Indian journal of veterinary science and animal husbandry - Volume 10,
Year: 1940
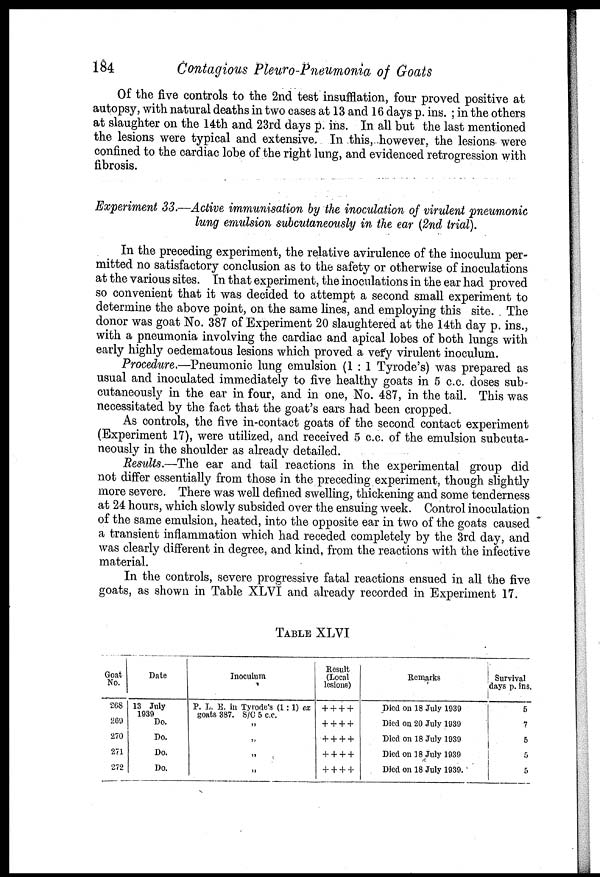
184
Contagious Pleuro-Pneumonia of Goats
Of the five controls to the 2nd test insufflation, four proved positive at
autopsy, with natural deaths in two cases at 13 and 16 days p. ins. ; in the others
at slaughter on the 14th and 23rd days p. ins. In all but the last mentioned
the lesions were typical and extensive. In this, however, the lesions were
confined to the cardiac lobe of the right lung, and evidenced retrogression with
fibrosis.
Experiment 33.—Active immunisation by the inoculation of virulent pneumonic
lung emulsion subcutaneously in the ear (2nd trial).
In the preceding experiment, the relative avirulence of the inoculum per-
mitted no satisfactory conclusion as to the safety or otherwise of inoculations
at the various sites. In that experiment, the inoculations in the ear had proved
so convenient that it was decided to attempt a second small experiment to
determine the above point, on the same lines, and employing this site. The
donor was goat No. 387 of Experiment 20 slaughtered at the 14th day p. ins.,
with a pneumonia involving the cardiac and apical lobes of both lungs with
early highly oedematous lesions which proved a very virulent inoculum.
Procedure.—Pneumonic lung emulsion (1:1 Tyrode's) was prepared as
usual and inoculated immediately to five healthy goats in 5 c.c. doses sub-
cutaneously in the ear in four, and in one, No. 487, in the tail. This was
necessitated by the fact that the goat's ears had been cropped.
As controls, the five in-contact goats of the second contact experiment
(Experiment 17), were utilized, and received 5 c.c. of the emulsion subcuta-
neously in the shoulder as already detailed.
Results.—The ear and tail reactions in the experimental group did
not differ essentially from those in the preceding experiment, though slightly
more severe. There was well defined swelling, thickening and some tenderness
at 24 hours, which slowly subsided over the ensuing week. Control inoculation
of the same emulsion, heated, into the opposite ear in two of the goats caused
a transient inflammation which had receded completely by the 3rd day, and
was clearly different in degree, and kind, from the reactions with the infective
material.
In the controls, severe progressive fatal reactions ensued in all the five
goats, as shown in Table XLVI and already recorded in Experiment 17.
TABLE XLVI
Goat
No.
268
269
270
271
272
Date
13 July
1939
Do.
Do.
Do.
Do.
Inoculum
P. L. E. in Tyrode's (1 : 1) ex
goats 387. S/C 5 c.c.
„
„
„
„
Result
(Local
lesions)
+ + + +
+ + + +
+ + + +
+ + + +
+ + + +
Remarks
Died on 18 July 1939
Died on 20 July 1939
Died on 18 July 1939
Died on 18 July 1939
Died on 18 July 1939.
Survival
days p. ins.
5
7
5
5
5